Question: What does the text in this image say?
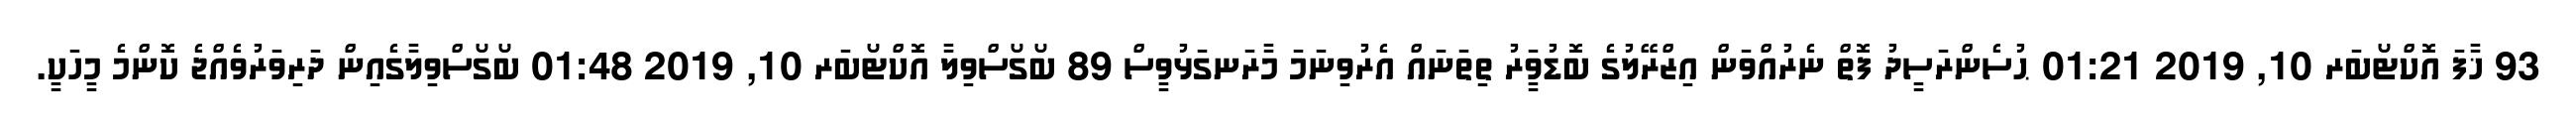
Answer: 93 ޚާފަ އޮކްޓޯބަރ 10, 2019 01:21 ޙުސެންރަސީދު ފޮތް ނެރުއްވަން އިޒްރޭލުގެ ބޮޑުވަީރު ތިތަނައް އެރުވިނަމަ މާރަނގަޅުވީސް 89 ބޯގޯސްވިލާ އޮކްޓޯބަރ 10, 2019 01:48 ބޯގޯސްވިލާގެއިން ދަރިވަރުވެއްޖެ ކޮންމެ މީހަކީ.